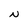
Character: N